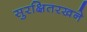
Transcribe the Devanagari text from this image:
सुरक्षितरखने